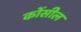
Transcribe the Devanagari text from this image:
कोंसील